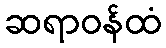
ဆရာဝန်ထံ